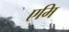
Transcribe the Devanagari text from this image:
एमि